Lunatic asylums Central Provinces reports 1886-1894 - 1886-1894
Year: 1886
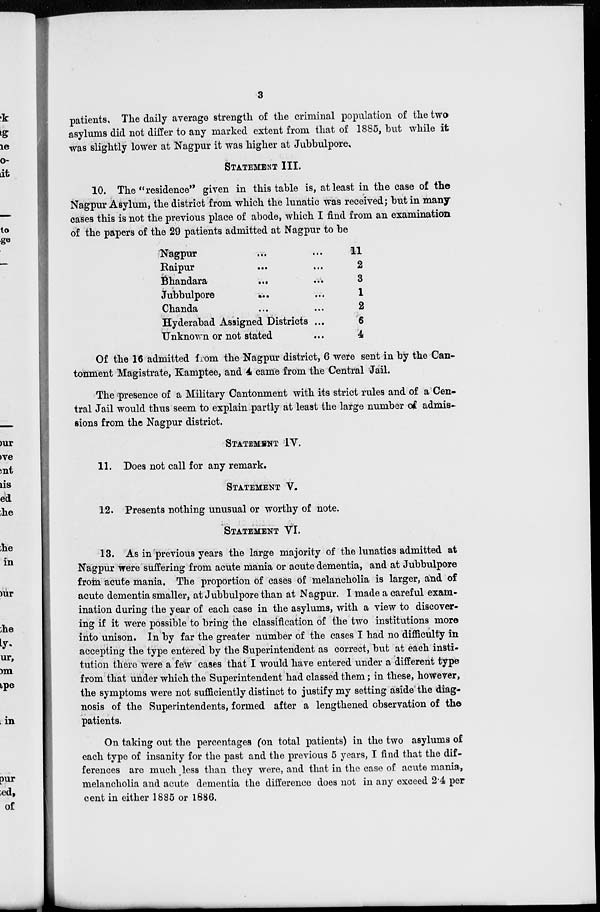
3
patients. The daily average strength of the criminal population of the two
asylums did not differ to any marked extent from that of 1885, but while it
was slightly lower at Nagpur it was higher at Jubbulpore.
STATEMENT III.
10. The "residence" given in this table is, at least in the case of the
Nagpur Asylum, the district from which the lunatic was received; but in many
cases this is not the previous place of abode, which I find from an examination
of the papers of the 29 patients admitted at Nagpur to be
Nagpur ... ...
Raipur ... ...
Bhandara ... ...
Jubbulpore
... ...
Chanda ... ...
Hyderabad Assigned Districts ...
Unknown or not stated ...
11
2
3
1
2
6
4
Of the 16 admitted from the Nagpur district, 6 were sent in by the Can-
tonment Magistrate, Kamptee, and 4 came from the Central Jail.
The presence of a Military Cantonment with its strict rules and of a Cen-
tral Jail would thus seem to explain partly at least the large number of admis-
sions from the Nagpur district.
STATEMENT IV.
11. Does not call for any remark.
STATEMENT V.
12. Presents nothing unusual or worthy of note.
STATEMENT VI.
13. As in previous years the large majority of the lunatics admitted at
Nagpur were suffering from acute mania or acute dementia, and at Jubbulpore
from acute mania. The proportion of cases of melancholia is larger, and of
acute dementia smaller, at Jubbulpore than at Nagpur. I made a careful exam-
ination during the year of each case in the asylums, with a view to discover-
ing if it were possible to bring the classification of the two institutions more
into unison. In by far the greater number of the cases I had no difficulty in
accepting the type entered by the Superintendent as correct, but at each insti-
tution there were a few cases that I would have entered under a different type
from that under which the Superintendent had classed them; in these, however,
the symptoms were not sufficiently distinct to justify my setting aside the diag-
nosis of the Superintendents, formed after a lengthened observation of the
patients.
On taking out the percentages (on total patients) in the two asylums of
each type of insanity for the past and the previous 5 years, I find that the dif-
ferences are much less than they were, and that in the case of acute mania,
melancholia and acute dementia the difference does not in any exceed 2.4 per
cent in either 1885 or 1886.